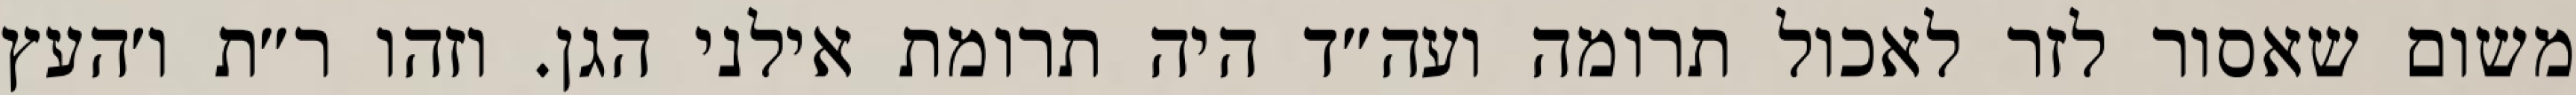
משום שאסור לזר לאכול תרומה ועה״ד היה תרומת אילני הגן. וזהו ר״ת ו׳העץ